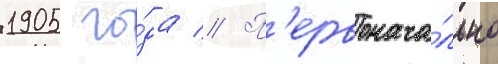
1905 го́да // П'ервонача́льно